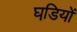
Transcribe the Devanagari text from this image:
घडि़यों